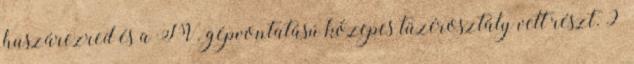
huszárezred és a IV. gépvontatású közepes tüzérosztály vett részt. 9